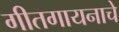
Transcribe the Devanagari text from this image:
गीतगायनाचे